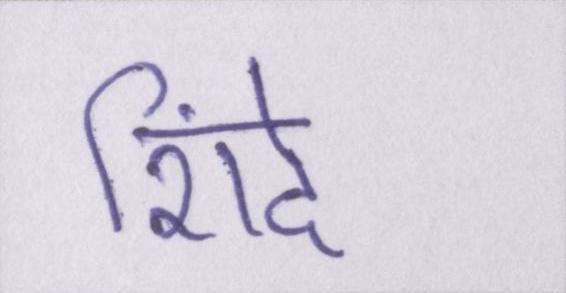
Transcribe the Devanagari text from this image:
शिंदे